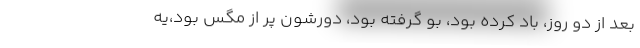
بعد از دو روز، باد كرده بود، بو گرفته بود، دورشون پر از مگس بود،يه